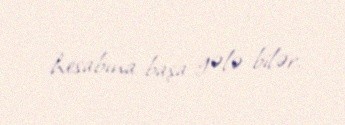
hesabına başa gələ bilər.